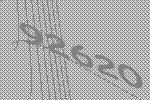
92620